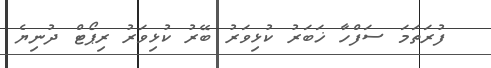
ފުރަތަމަ ސަފްހާ ޚަބަރު ކުޅިވަރު ބޭރު ކުޅިވަރު ރިޕޯޓް ދުނިޔެ